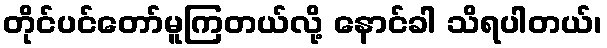
တိုင်ပင်တော်မူကြတယ်လို့ နောင်ခါ သိရပါတယ်၊